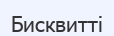
Бисквитті